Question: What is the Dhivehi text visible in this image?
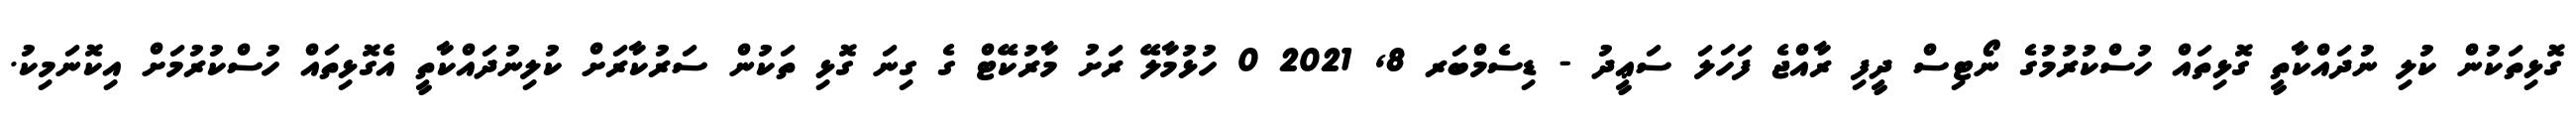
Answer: ގޮޅިތަކުން ކުލި ނުދައްކާތީ ގޮޅިތައް ހުސްކުރުމުގެ ނޯޓިސް ދީފި ރާއްޖެ ފަހަލަ ސަޢީދު - ޑިސެމްބަރ 8, 2021 0 ހުޅުމާލޭ ރަށު މާރުކޭޓް ގެ ގިނަ ގޮޅި ތަކުން ސަރުކާރަށް ކުލިނުދައްކާތީ އެގޮޅިތައް ހުސްކުރުމަށް އިކޮނަމިކު.